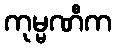
ကုမ္မဏီက